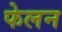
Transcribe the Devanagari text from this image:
फेलन